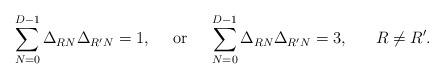
LaTeX: \begin{align*}\sum_{N=0}^{D-1}\Delta_{RN}\Delta_{R'N}=1, ~~~~\mbox{or}~~~~ \sum_{N=0}^{D-1}\Delta_{RN}\Delta_{R'N}=3, ~~~~~R\not=R'.\end{align*}